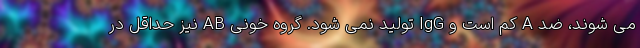
می شوند، ضد A کم است و IgG تولید نمی شود. گروه خونی AB نیز حداقل در